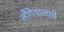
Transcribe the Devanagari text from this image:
लोंगेवालाचे